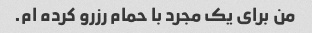
من برای یک مجرد با حمام رزرو کرده ام.